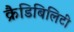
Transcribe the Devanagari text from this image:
क्रैडिबिलिटी